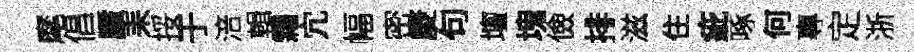
麾倡蜃耒挼于涪輯霜宂幅密庱句壇塊儉排滋住疵啄何專定浙